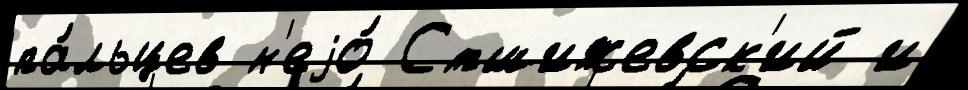
па́льцев н'еjо́ Стшижевск'ий и